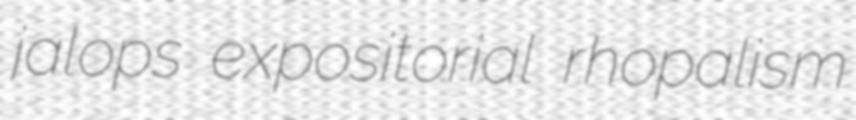
jalops expositorial rhopalism